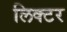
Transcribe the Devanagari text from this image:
लिक्टर